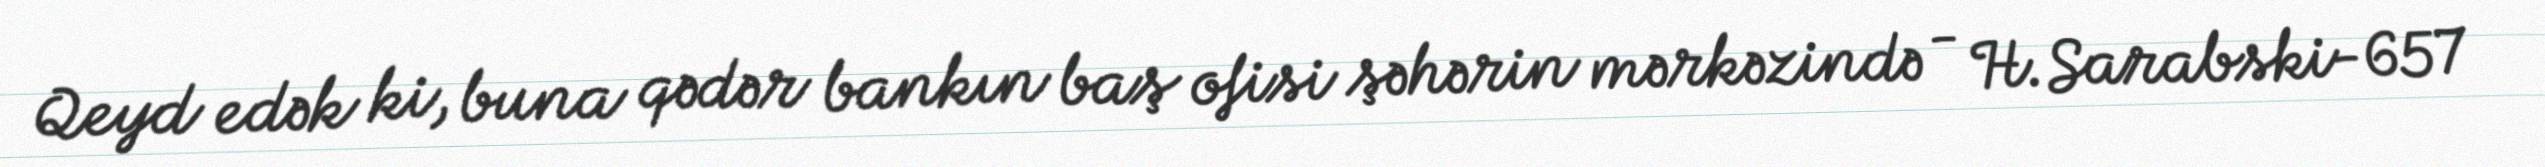
Qeyd edək ki, buna qədər bankın baş ofisi şəhərin mərkəzində - H.Sarabski-657